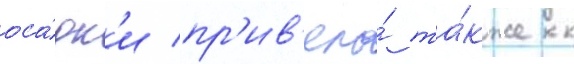
оса́дк'и пр'ив'ело́ та́кже к